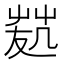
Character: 𠙢